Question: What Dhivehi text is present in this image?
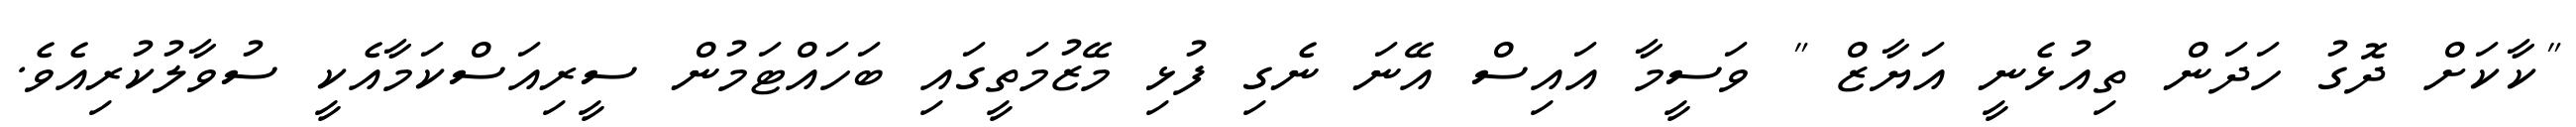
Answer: "ކާކަށް ދޮގު ހަދަން ތިއުޅެނީ އަޔާޒް " ވަސީމާ އައިސް އޭނަ ނެގި ފުޅި މޭޒުމަތީގައި ބަހައްޓަމުން ސީރިއަސްކަމާއެކީ ސުވާލުކުރިއެވެ.